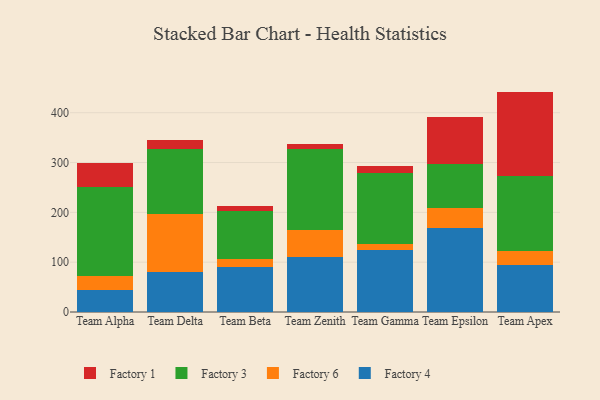
{"axis": {"x": "Team", "y": "Customer Acquisition Cost (USD)"}, "legend": ["Factory 1", "Factory 3", "Factory 4", "Factory 6"], "data": [{"x": "Team Alpha", "y": 43.5, "type": "Factory 4"}, {"x": "Team Alpha", "y": 28.0, "type": "Factory 6"}, {"x": "Team Alpha", "y": 179.2, "type": "Factory 3"}, {"x": "Team Alpha", "y": 49.1, "type": "Factory 1"}, {"x": "Team Delta", "y": 80.6, "type": "Factory 4"}, {"x": "Team Delta", "y": 116.2, "type": "Factory 6"}, {"x": "Team Delta", "y": 130.1, "type": "Factory 3"}, {"x": "Team Delta", "y": 18.0, "type": "Factory 1"}, {"x": "Team Beta", "y": 89.5, "type": "Factory 4"}, {"x": "Team Beta", "y": 17.6, "type": "Factory 6"}, {"x": "Team Beta", "y": 94.9, "type": "Factory 3"}, {"x": "Team Beta", "y": 9.8, "type": "Factory 1"}, {"x": "Team Zenith", "y": 110.9, "type": "Factory 4"}, {"x": "Team Zenith", "y": 53.7, "type": "Factory 6"}, {"x": "Team Zenith", "y": 162.0, "type": "Factory 3"}, {"x": "Team Zenith", "y": 10.6, "type": "Factory 1"}, {"x": "Team Gamma", "y": 123.7, "type": "Factory 4"}, {"x": "Team Gamma", "y": 13.0, "type": "Factory 6"}, {"x": "Team Gamma", "y": 141.8, "type": "Factory 3"}, {"x": "Team Gamma", "y": 13.8, "type": "Factory 1"}, {"x": "Team Epsilon", "y": 168.4, "type": "Factory 4"}, {"x": "Team Epsilon", "y": 40.8, "type": "Factory 6"}, {"x": "Team Epsilon", "y": 88.1, "type": "Factory 3"}, {"x": "Team Epsilon", "y": 95.0, "type": "Factory 1"}, {"x": "Team Apex", "y": 95.0, "type": "Factory 4"}, {"x": "Team Apex", "y": 28.1, "type": "Factory 6"}, {"x": "Team Apex", "y": 149.6, "type": "Factory 3"}, {"x": "Team Apex", "y": 169.7, "type": "Factory 1"}]}